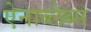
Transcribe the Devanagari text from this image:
ऐनाब्लेब्स